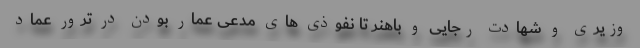
وزیری و شهادت رجایی و باهنر تا نفوذی های مدعی عمار بودن در ترور عماد